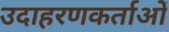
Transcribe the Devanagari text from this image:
उदाहरणकर्ताओं